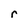
Character: r